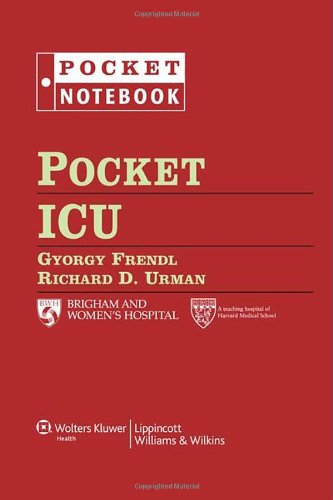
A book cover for Pocket ICU (Pocket Notebook Series); Gyorgy Frendl MD  PhD; Medical Books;